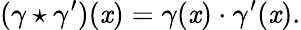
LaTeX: (\gamma\star\gamma^{\prime})(\mathit{x})=\gamma(\mathit{x})\cdot\gamma^{\prime}(\mathit{x}).